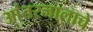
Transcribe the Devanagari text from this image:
आंतरजालाचे